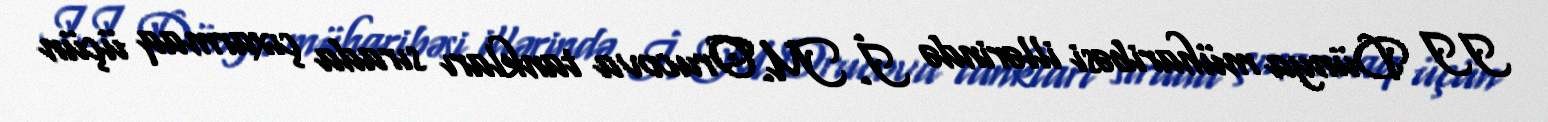
II Dünya müharibəsi illərində İ. M. Orucova tankları sırada çıxarmaq üçün